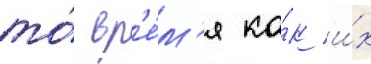
то́ вр'е́м'я ка́к и́х